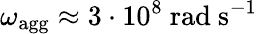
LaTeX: {\omega_{\mathrm{agg}}\approx 3\cdot 10^{8}\ \mathrm{rad\ s^{-1}}}